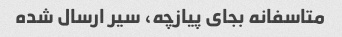
متاسفانه بجای پیازچه، سیر ارسال شده